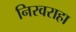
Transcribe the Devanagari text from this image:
निरवराहा